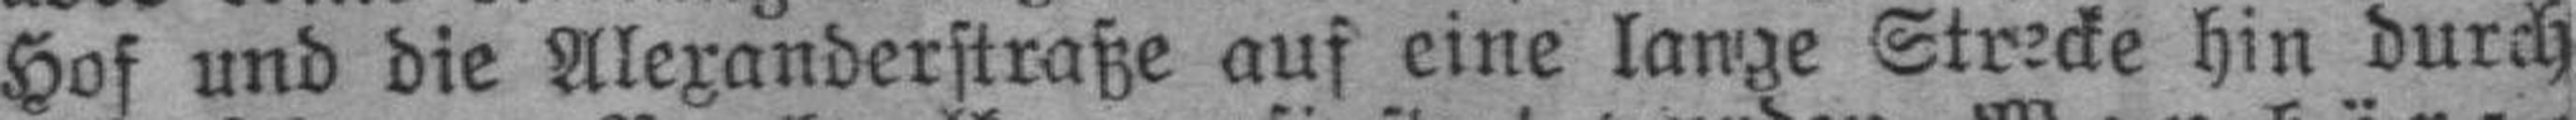
Hof und die Alexanderstraße auf eine lange Strecke hin durch